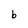
Character: b